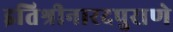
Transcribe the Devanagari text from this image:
इतिश्रीनारदपुराणे